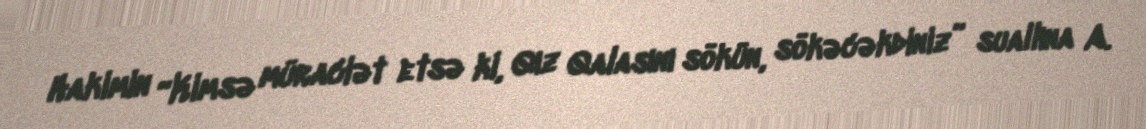
Hakimin “Kimsə müraciət etsə ki, Qız Qalasını sökün, sökəcəkdiniz” suallına A.